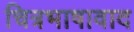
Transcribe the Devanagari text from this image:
चित्रभाषावाद